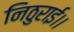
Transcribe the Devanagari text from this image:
निठुराई।।